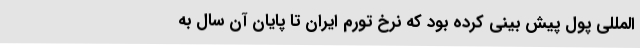
المللی پول پیش بینی کرده بود که نرخ تورم ایران تا پایان آن سال به